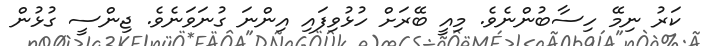
ކަރު ނިމޭ ހިސާބުންނެވެ. މިއީ ބޭރަށް ހުޅުވިފައި އިންނަ ގުނަވަނެވެ. ޖިންސީ ގުޅުން